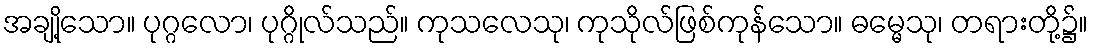
အချို့သော။ ပုဂ္ဂလော၊ ပုဂ္ဂိုလ်သည်။ ကုသလေသု၊ ကုသိုလ်ဖြစ်ကုန်သော။ ဓမ္မေသု၊ တရားတို့၌။